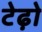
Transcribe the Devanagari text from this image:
टेढ़ो